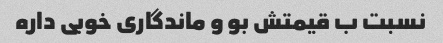
نسبت ب قیمتش بو و ماندگاری خوبی داره